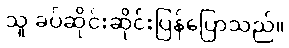
သူ ခပ်ဆိုင်းဆိုင်းပြန်ပြောသည်။